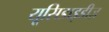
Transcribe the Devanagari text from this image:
यूसिडाइडीज़